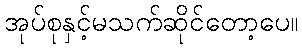
အုပ်စုနှင့်မသက်ဆိုင်တော့ပေ။